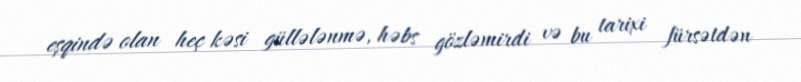
eşqində olan heç kəsi güllələnmə, həbs gözləmirdi və bu tarixi fürsətdən